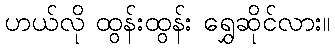
ဟယ်လို ထွန်းထွန်း ရွှေဆိုင်လား။